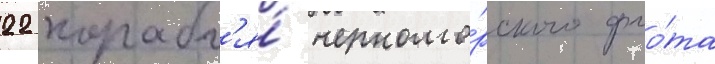
22 корабл'я́ черномо́рского фло́та